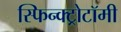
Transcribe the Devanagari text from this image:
स्फिन्क्ट्रोटॉमी